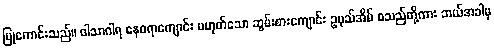
ပြုကောင်းသည်။ ဝါသာဂါရ နေစရာကျောင်း မဟုတ်သော ဆွမ်းစားကျောင်း ဥပုသ်အိမ် စသည်တို့ကား ဘယ်အခါမှ